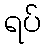
ရပ်